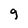
Character: g